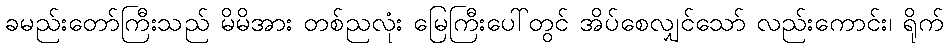
ခမည်းတော်ကြီးသည် မိမိအား တစ်ညလုံး မြေကြီးပေါ်တွင် အိပ်စေလျှင်သော် လည်းကောင်း၊ ရိုက်